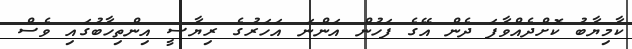
ކާމިޔާބު ކޮށްދެއްވާފަ ދެން އޭގެ ފަހުން އަންނަ އަހަރުގެ ރިޔާސީ އިންތިހާބުގައި ވެސް